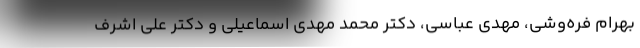
بهرام فره‌وشی، مهدی عباسی، دکتر محمد مهدی اسماعیلی و دکتر علی اشرف